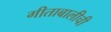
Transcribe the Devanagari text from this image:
गीताबालीची